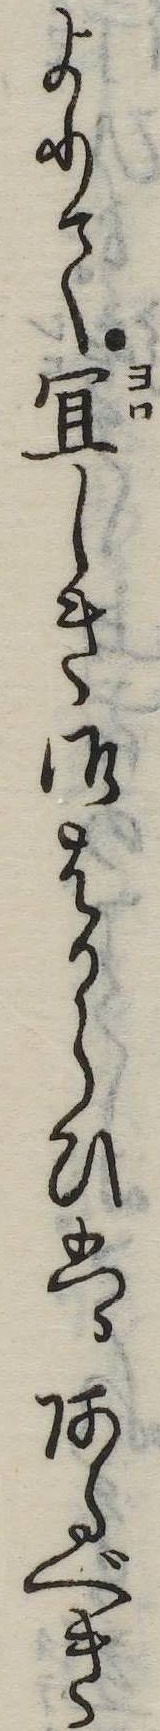
よりて宜しき御はからひはあるべき